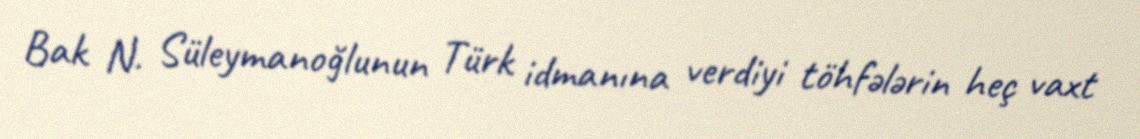
Bak N. Süleymanoğlunun Türk idmanına verdiyi töhfələrin heç vaxt